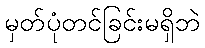
မှတ်ပုံတင်ခြင်းမရှိဘဲ